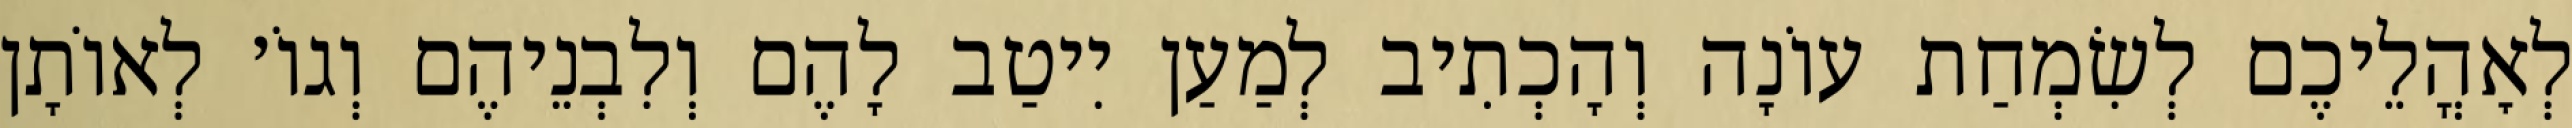
לְאׇהֳלֵיכֶם לְשִׂמְחַת עוֹנָה וְהָכְתִיב לְמַעַן יִיטַב לָהֶם וְלִבְנֵיהֶם וְגוֹ׳ לְאוֹתָן